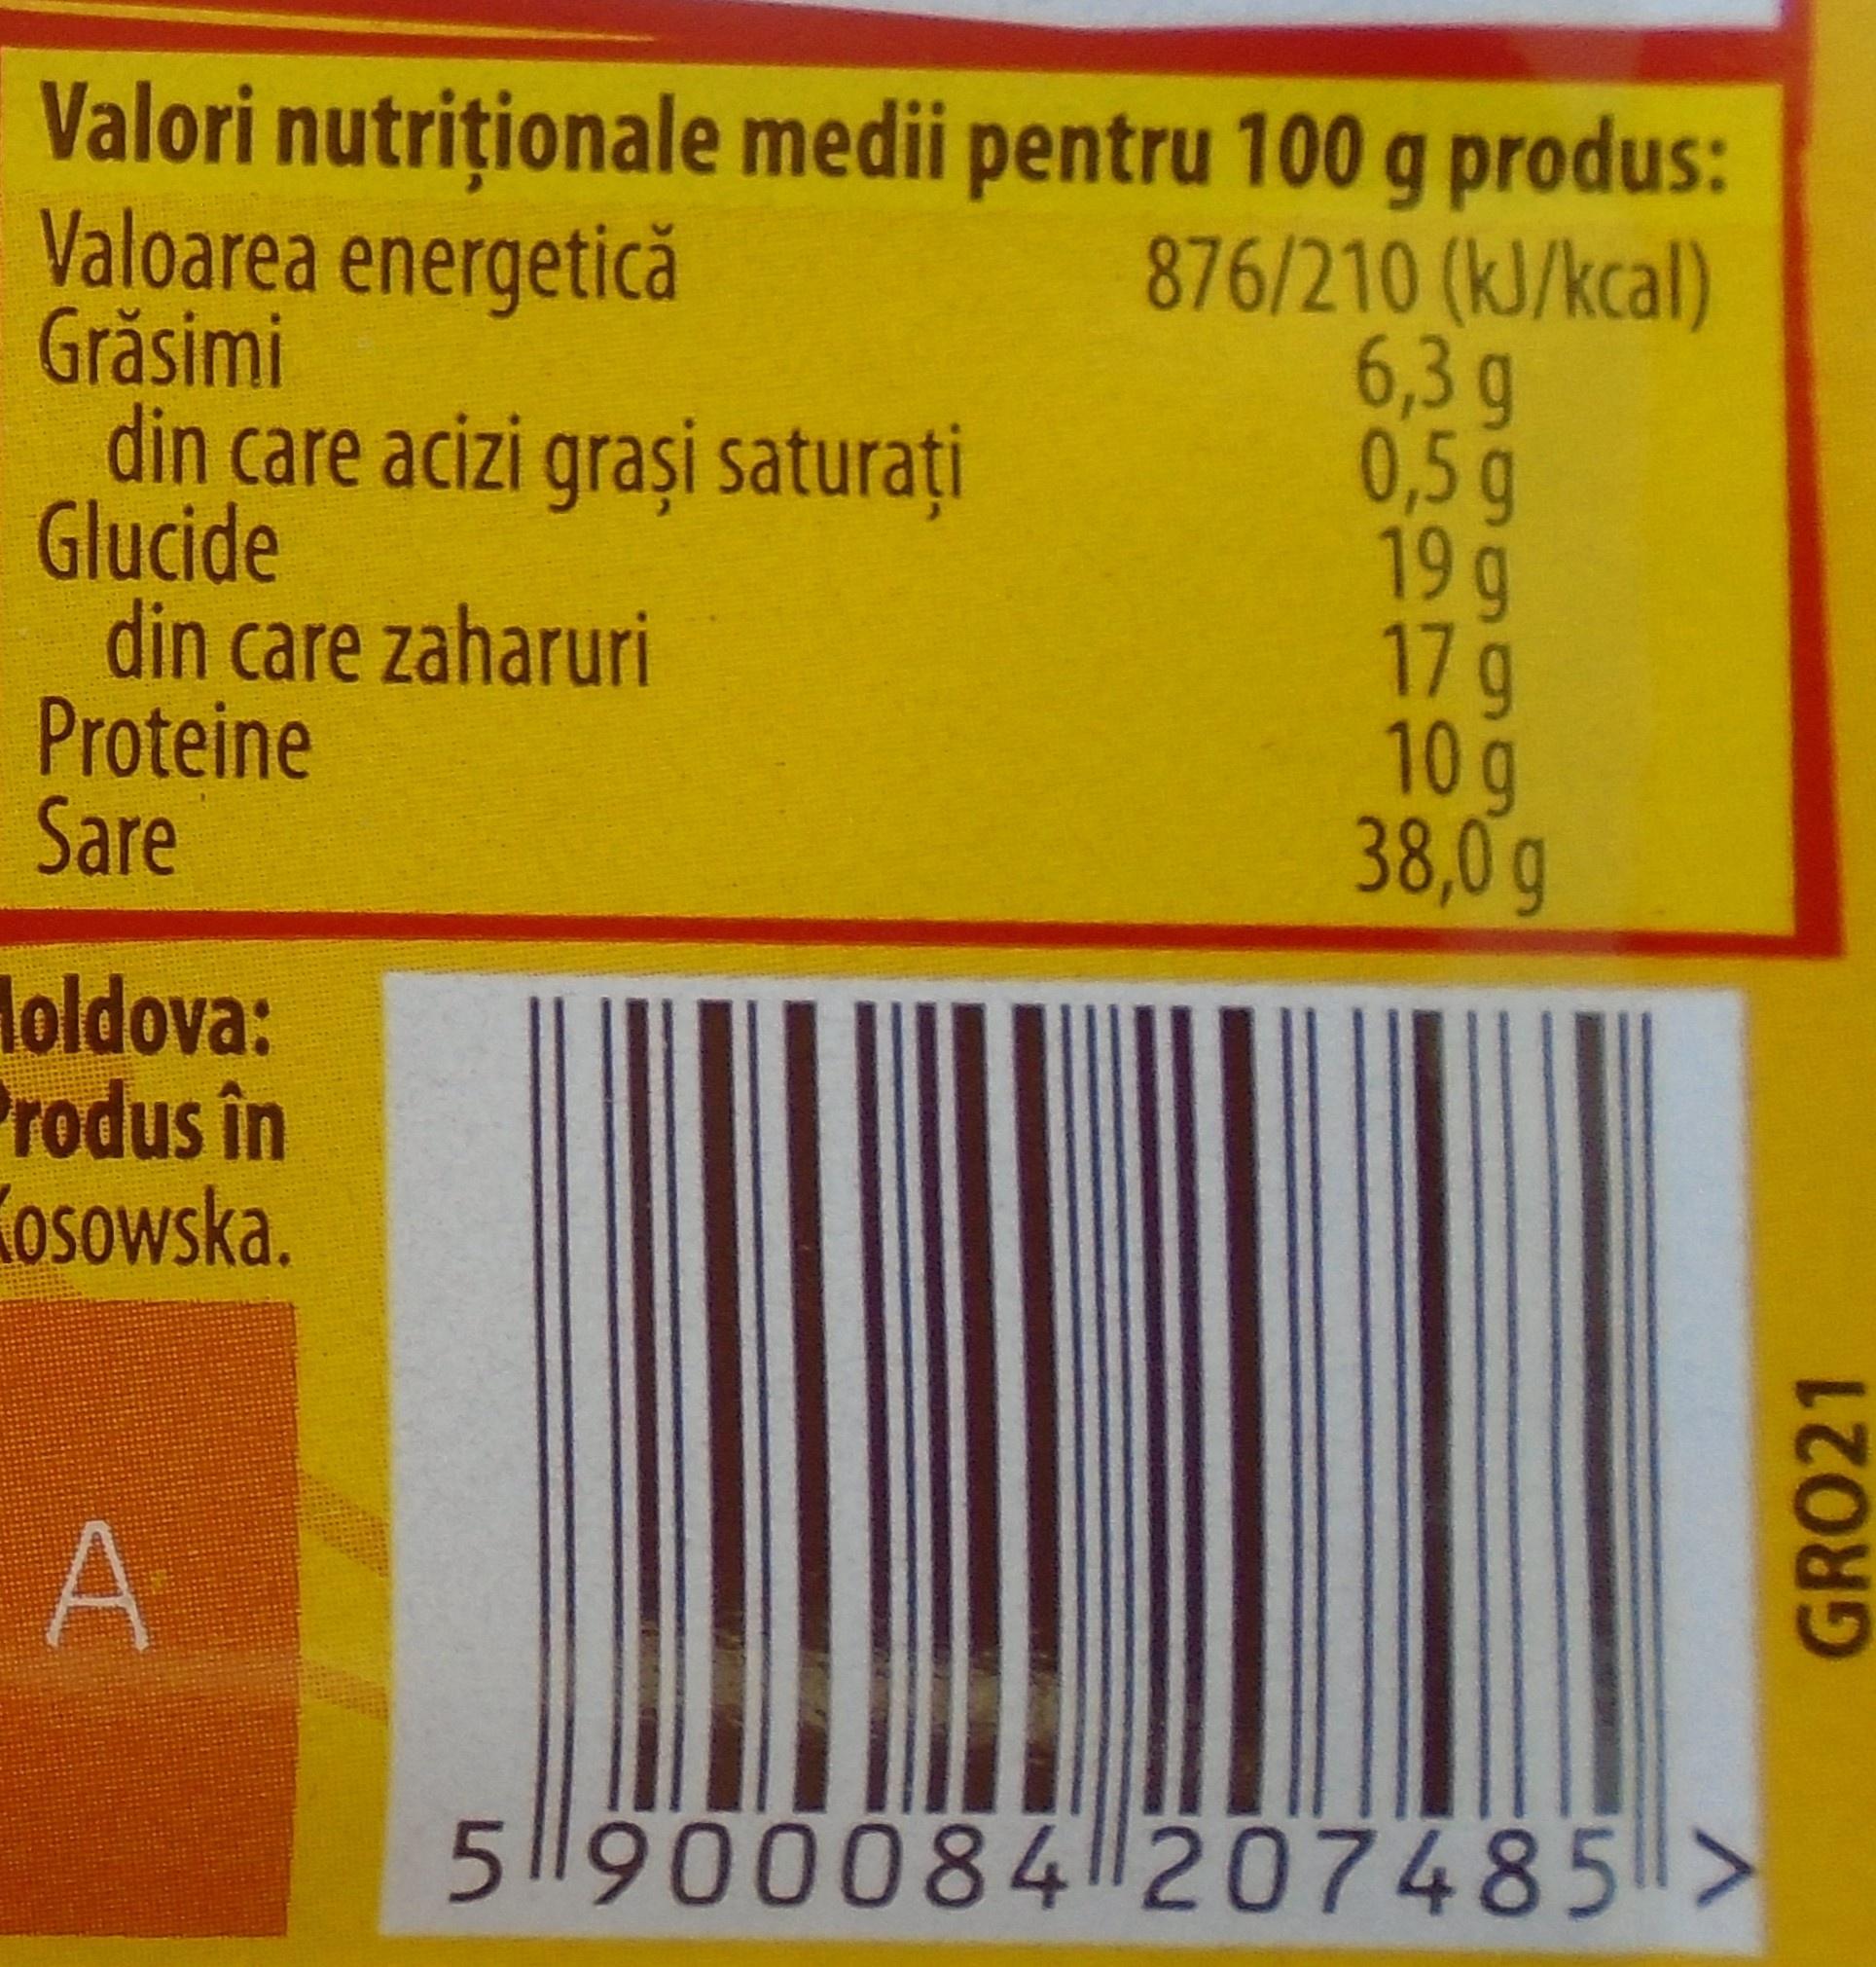
Valori nutriționale medii pentru 100 g produs: Valoarea energetică Grăsimi din care acizi grași saturați Glucide din care zaharuri Proteine Sare
876/210 (kJ/kcal) 6,3 g 0,5g 19g 17g 10g 38,0g
Holdova: Produs în Kosowska.
A
5|900084 207485>
GRO21